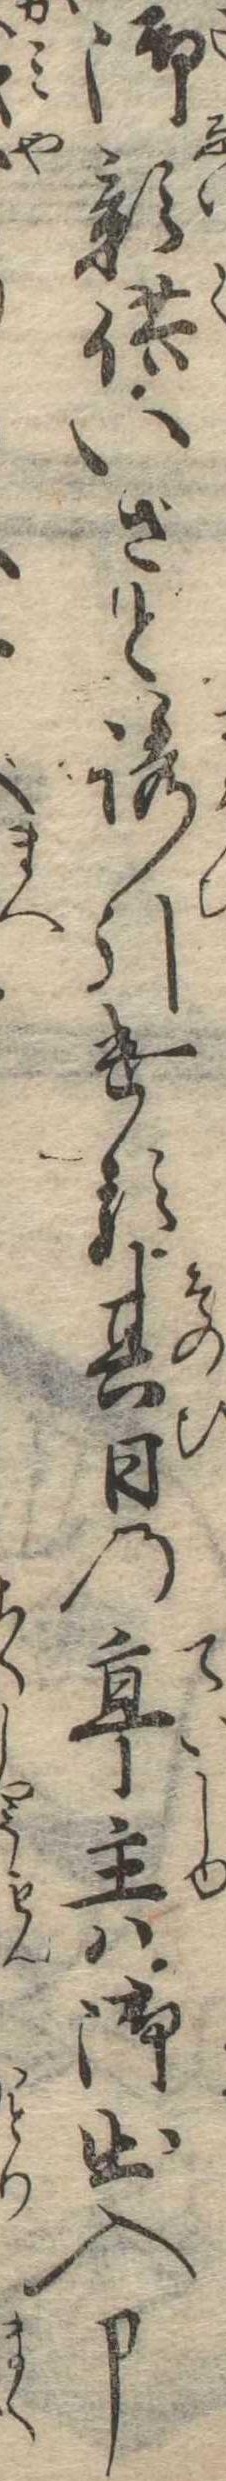
御影供いざと誘引ける其日の亭主は御出入申